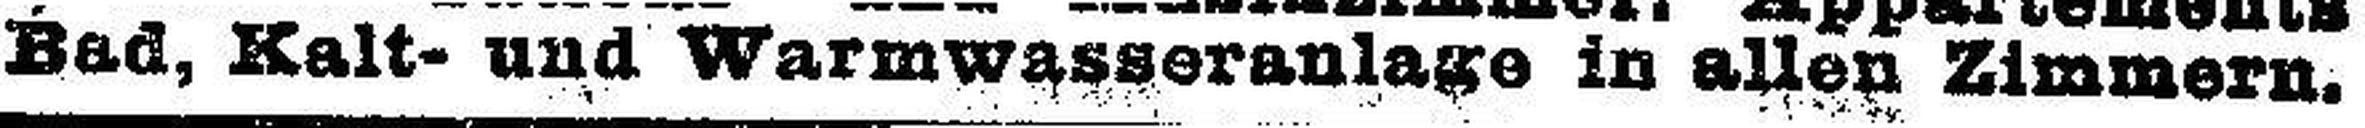
Bad, Kalt- und Warmwasseranlage in allen Zimmern.